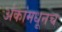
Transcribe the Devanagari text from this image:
अंकांमधूनच